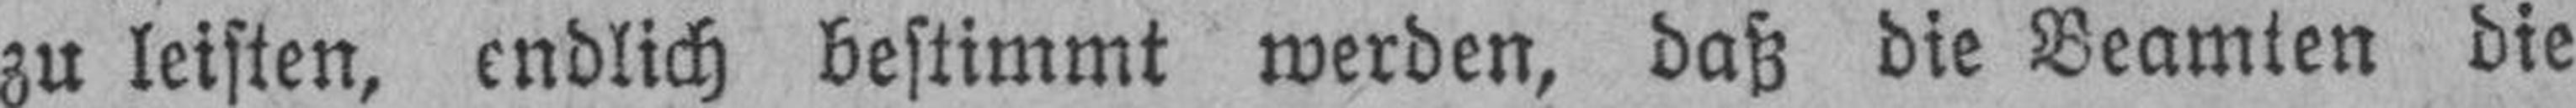
zu leisten, endlich bestimmt werden, daß die Beamten die